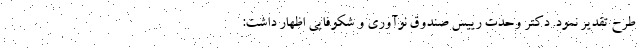
طرح تقدیر نمود. دکتر وحدت رییس صندوق نوآوری و شکوفایی اظهار داشت: